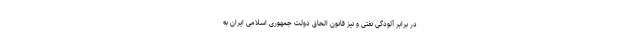
در برابر آلودگی نفتی و نیز قانون الحاق دولت جمهوری اسلامی ایران به